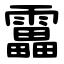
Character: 靁